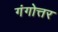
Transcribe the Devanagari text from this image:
गंगोत्तर